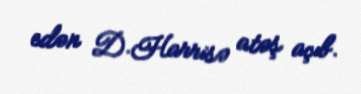
edən D.Harrisə atəş açıb.